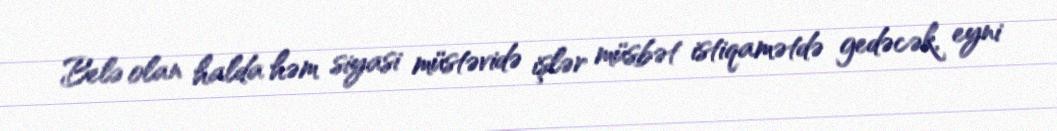
Belə olan halda həm siyasi müstəvidə işlər müsbət istiqamətdə gedəcək, eyni